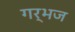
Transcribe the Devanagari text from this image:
गर्भज